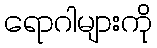
ရောဂါများကို